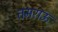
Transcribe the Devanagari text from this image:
तमराऊ